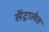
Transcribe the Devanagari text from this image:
सेंट्रालेत